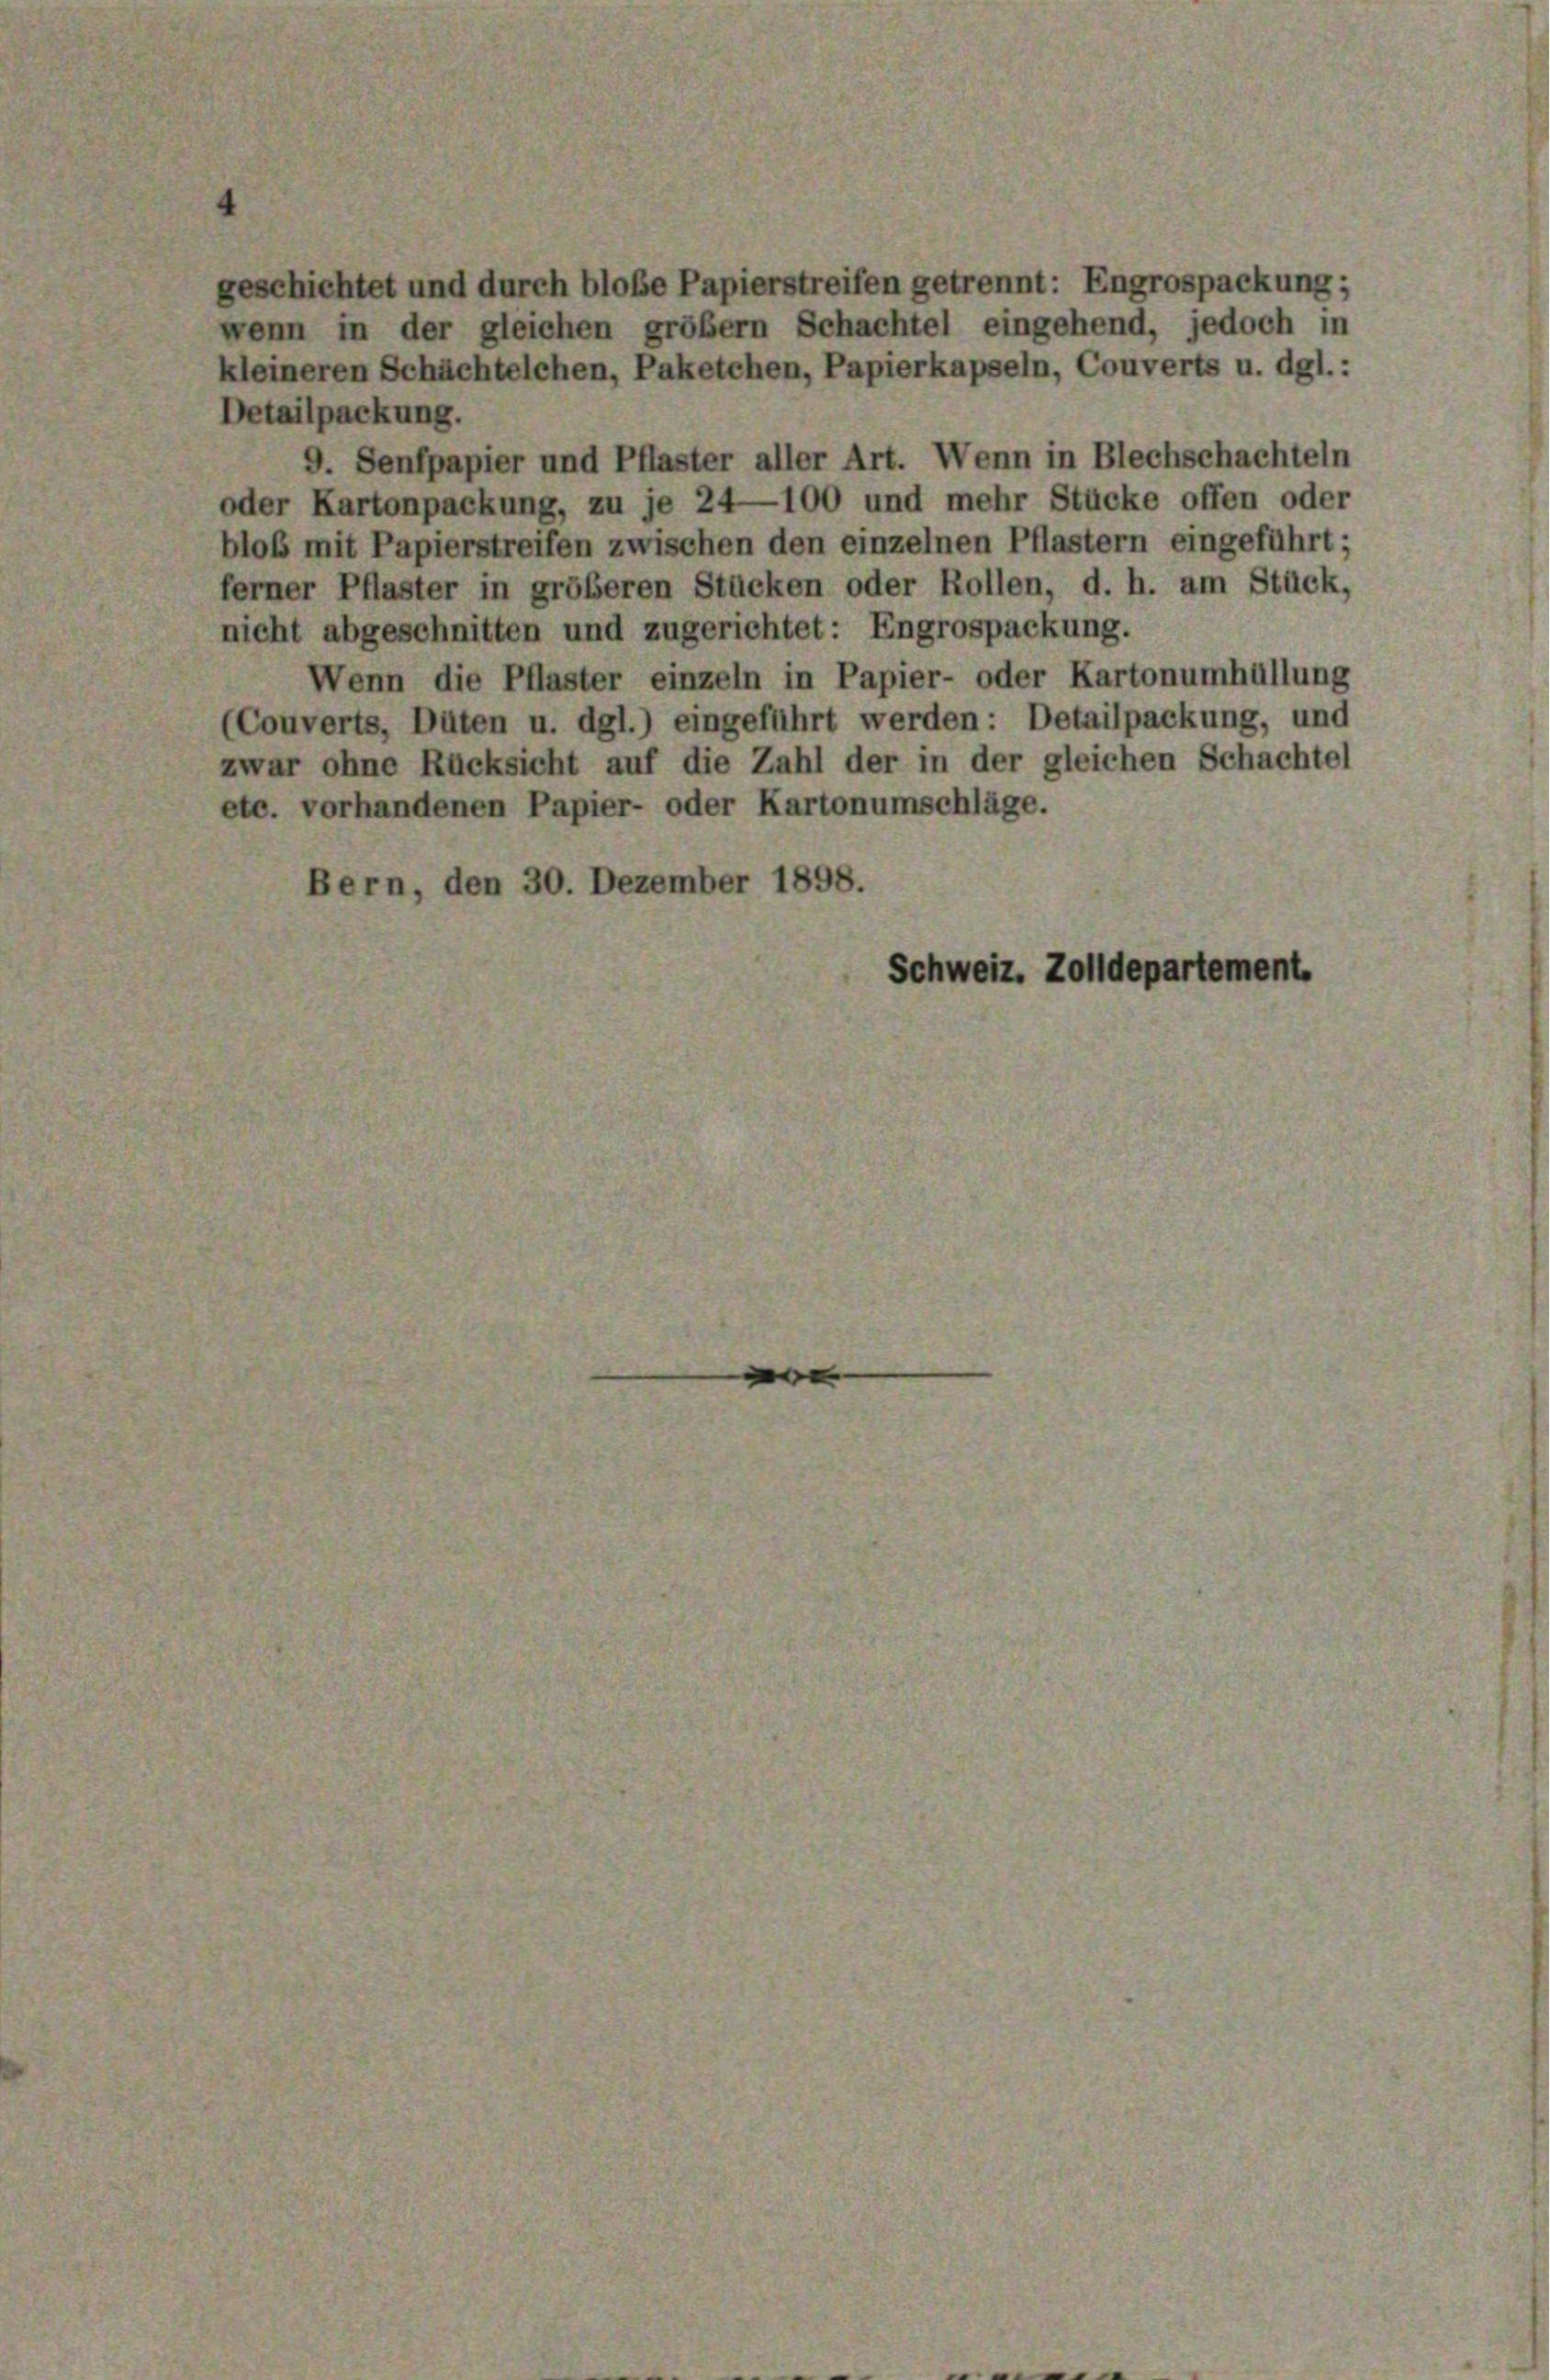
geschichtet und durch blobe Papierstreifen getrennt: Engrospackung;
wenn in der gleichen größer Schachtel eingehend, jedoch in
kleineren Schächtelchen, Paketchen, Papierkapseln, Couverts u. dgl.:
Detailpackung.
9. Senfpapier und Pflaster aller Art. Wenn in Blechschachteln
oder Kartonpackung, zu je 24—100 und mehr Stücke offen oder
bloß mit Papierstreifen zwischen den einzelnen Pflastern eingeführt;
ferner Pflaster in größeren Stücken oder Rollen, d. h. am Stück,
nicht abgeschnitten und zugerichtet: Engrospackung.
Wenn die Pflaster einzeln in Papier- oder Kartonumhüllung
(Couverts, Düten u. dgl.) eingeführt werden: Detailpackung, und
zwar ohne Rücksicht auf die Zahl der in der gleichen Schachtel
etc. vorhandenen Papier- oder Kartonumschläge.

Bern, den 30. Dezember 1898.
Schweiz. Zolldepartement.